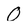
Character: O